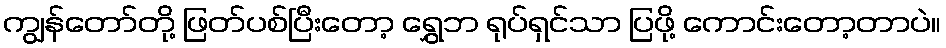
ကျွန်တော်တို့ ဖြတ်ပစ်ပြီးတော့ ရွှေဘ ရုပ်ရှင်သာ ပြဖို့ ကောင်းတော့တာပဲ။